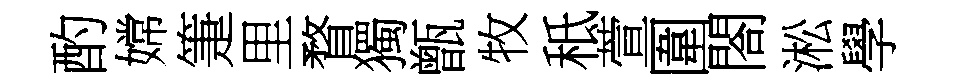
酌嫦箑里瞀獨甑牧秪萱圍閤淞學